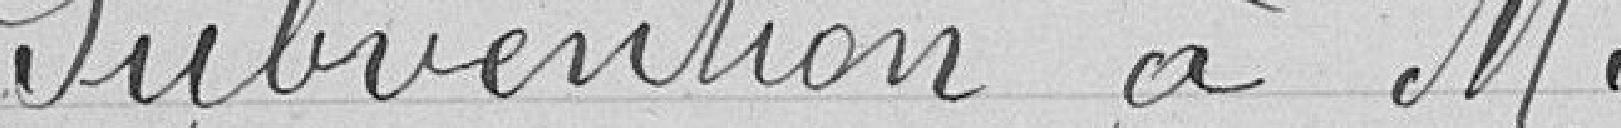
Subvention à M.